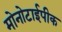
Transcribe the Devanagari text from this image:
मोनोटाईपीक